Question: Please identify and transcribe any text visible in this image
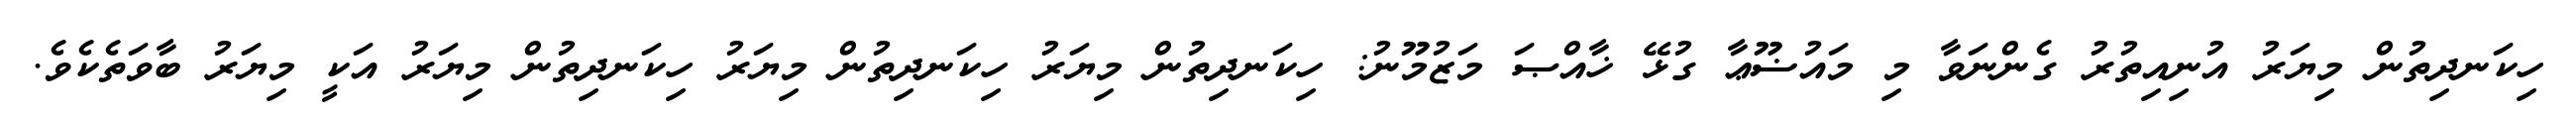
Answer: ހިކަނދިތުން މިޔަރު އުނިއިތުރު ގެންނަވާ މި މައުޟޫޢާ ގުޅޭ ޚާއްޞަ މަޒުމޫނު: ހިކަނދިތުން މިޔަރު ހިކަނދިތުން މިޔަރު ހިކަނދިތުން މިޔަރު އަކީ މިޔަރު ބާވަތެކެވެ.